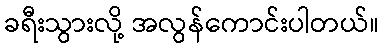
ခရီးသွားလို့ အလွန်ကောင်းပါတယ်။